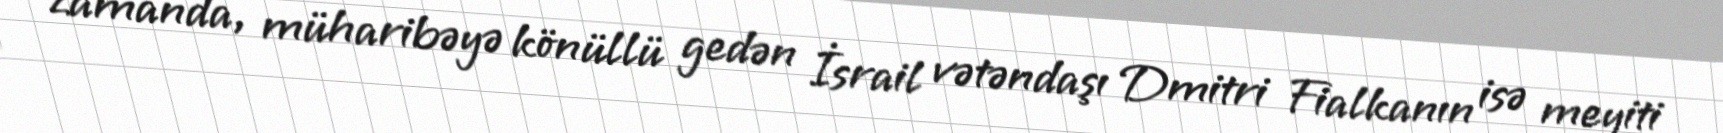
zamanda, müharibəyə könüllü gedən İsrail vətəndaşı Dmitri Fialkanın isə meyiti